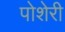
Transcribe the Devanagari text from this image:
पोशेरी